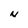
Character: N